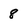
Character: 8